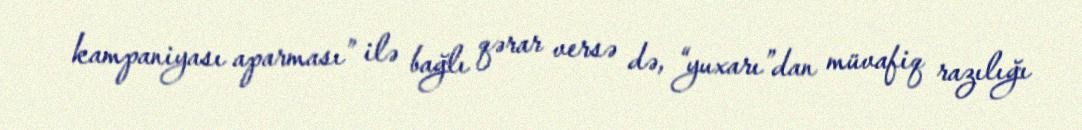
kampaniyası aparması” ilə bağlı qərar versə də, “yuxarı”dan müvafiq razılığı